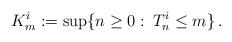
LaTeX: \begin{align*}K^i_m := \sup \{n \geq 0: \: T^i_n \leq m\} \,.\end{align*}